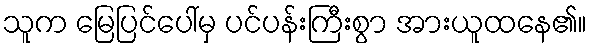
သူက မြေပြင်ပေါ်မှ ပင်ပန်းကြီးစွာ အားယူထနေ၏။